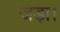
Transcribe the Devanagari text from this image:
जड़ा।